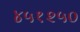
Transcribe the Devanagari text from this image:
४५१२५०